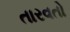
તારવતો